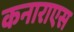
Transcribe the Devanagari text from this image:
कनाराएस